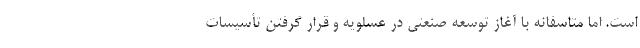
است. امّا متاسفانه با آغاز توسعه صنعتی در عسلویه و قرار گرفتن تأسیسات